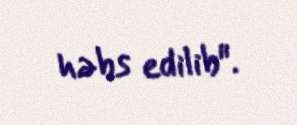
həbs edilib".